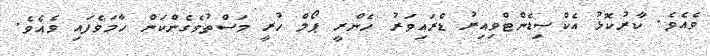
ވެއެވެ. ކާރުކޮޅު އެކްސިޑެންޓްވިއިރު ޑްރައިވަރު ހެންރީ ޕޯލް ހުރީ މަސްތުވެގެންކަން ހާމަވެފައި ވެއެވެ.